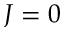
J = 0